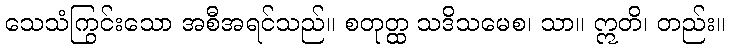
သေသံကြွင်းသော အစီအရင်သည်။ စတုတ္ထ သဒိသမေစ၊ သာ။ ဣတိ၊ တည်း။